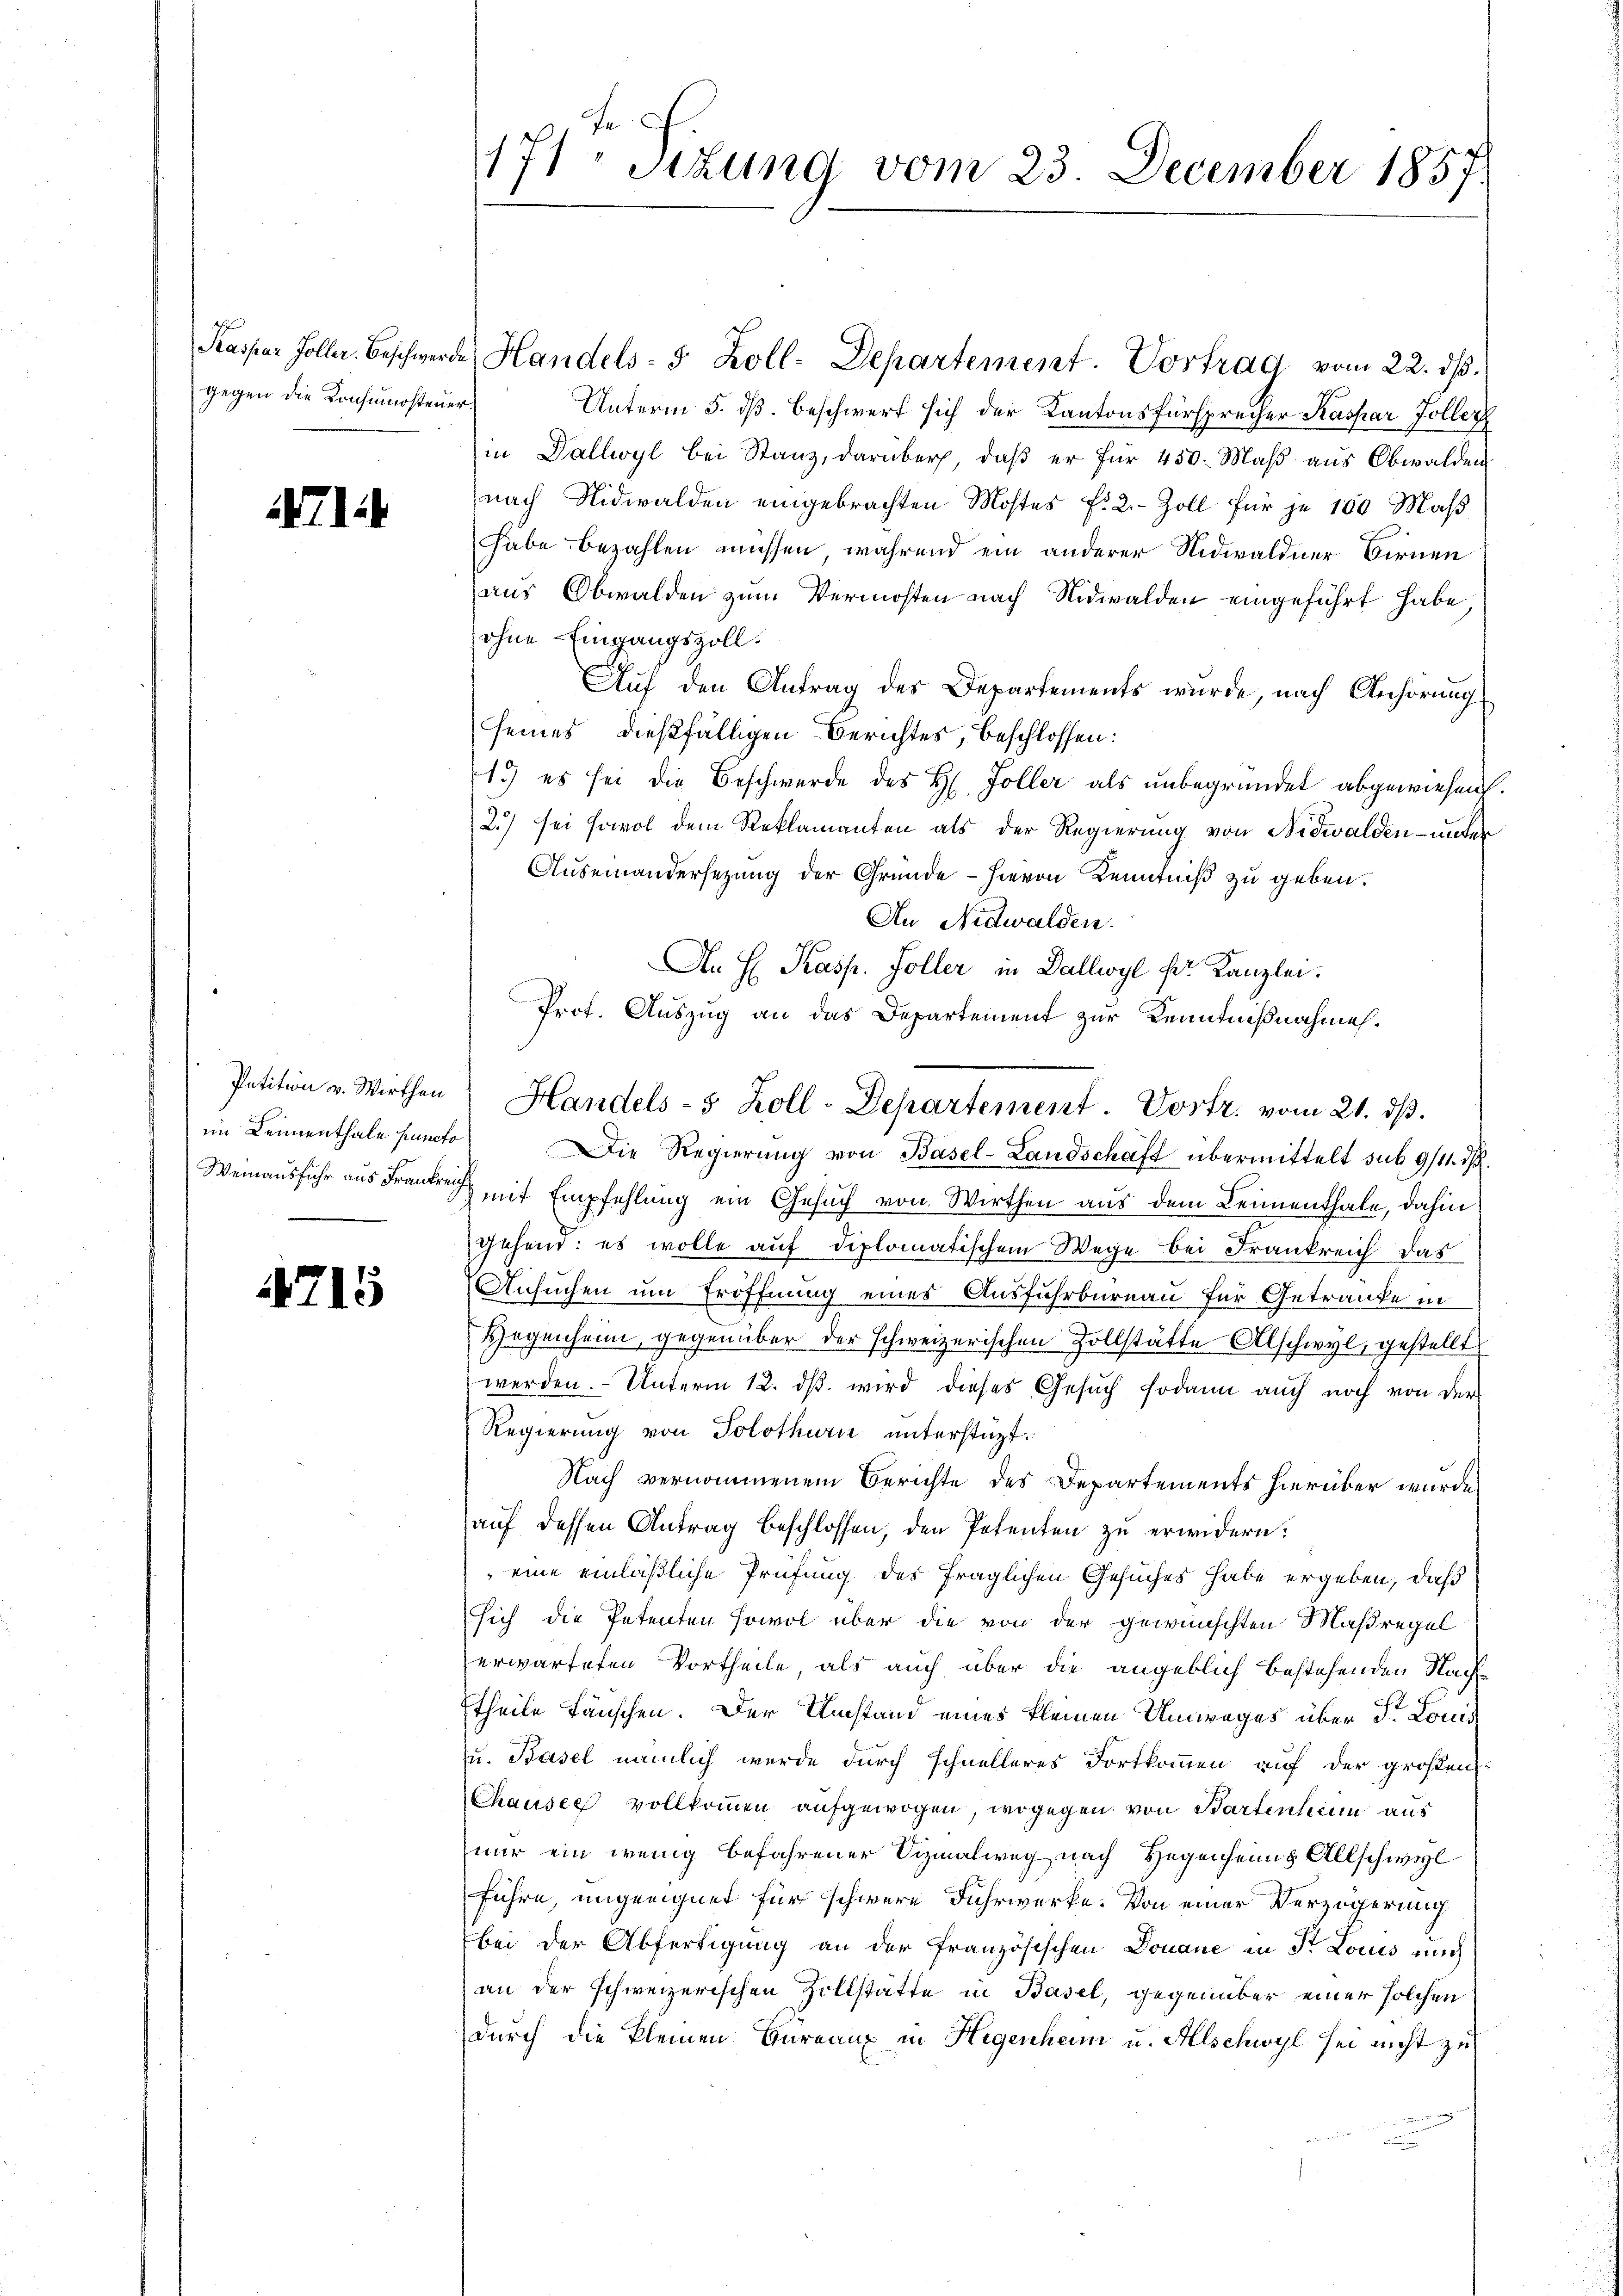
Kaspar Zoller. Beschwerd
gegen die Konsumostenen

1714

Petition v. Wirthen
im Leimenthale puncto
Weinausfuhr aus Frankreic

4715

171 Sizung vom 23. December 1857.

u Handels- 5 Zoll-Departement. Vortrag vom 22. ds.
1
Unterm 5. dß. Beschwert sich der Kantonsfürsprecher Kaspar Foller
in Dallwyl bei Stanz, darüber, daß er für 450. Maß aus Obwalden
nach Nidwalden eingebrachten Mostes f. 2. Zoll für je 100 Maß
habe bezahlen müssen, während ein anderer Nidwaldner Birnen
aus Obwalden zum Vermösten nach Nidwalden eingeführt habe,
ohne Eingangszoll.
Auf den Antrag des Departements wurde, nach Anhörung
seines dießfälligen Berichtes, beschlossen:
1.) es sei die Beschwerde des H. Foller als unbegründet abgewiesen
2.) sei sowol dem Reklamanten als der Regierung von Nidwalden- unter
Auseinandersetzung der Gründe - hieron Kenntniß zu geben.
An Nidwalden.
An H Kasp. Foller in Dallwyl fr. Kanzlei.
Die Regierung von Basel-Landschaft übermittelt sub 9/11. d
mit Empfehlung ein Gesuch von Wirthen aus dem Leimenthale, dahin
gehen: es wolle auf diplomatischem Wege bei Frankreich das
Ansuchen um Eröffnung eines Ausführbureau für Getränke in
Gegenheim, gegenüber der schweizerischen Zollstätte Abschwyl, gestellt
werden. Unterm 12. dβ wird dieses Gesuch sodann auch noch von der
Regierung von Solothurn unterstüzt.
Nach vernommenem Berichte des Departements hierüber wurde
auf dessen Antrag beschlossen, den Potenten zu erwidern.
eine einläßliche Prüfung des fraglichen Gesuches habe ergeben, daß
sich die Petenten sowol über die von der gewünschten Maßregel
erwarteten Vortheile, als auch über die angeblich bestehenden Nacht
theile fänschen. Der Umstand eines kleinen Umweges über Dr. Louis
u. Basel nämlich wurde durch schnelleres Fortkommen auf der großen
Chauses vollkommen aufgewogen, wogegen von Partentium aus
mur ein wenig befahrener Sizialweg nach Hegenheims Allschwel
führe, ungeeignet für schwere Fuhrwerke. Von einer Verzögerung
bei der Abfertigung an der französischen Donaue in St. Locus auch
an der schweizerischen Zollstätte in Basel, gegenüber einer solchen
durch die kleinen Bureaux in Hegenheim u. Allschwyl sei nicht zu

Prof. Auszug an das Departement zur Kenntnißnahmeh¬
Handels- 5 Zoll-Departement. Vortr. vom 21. ds.